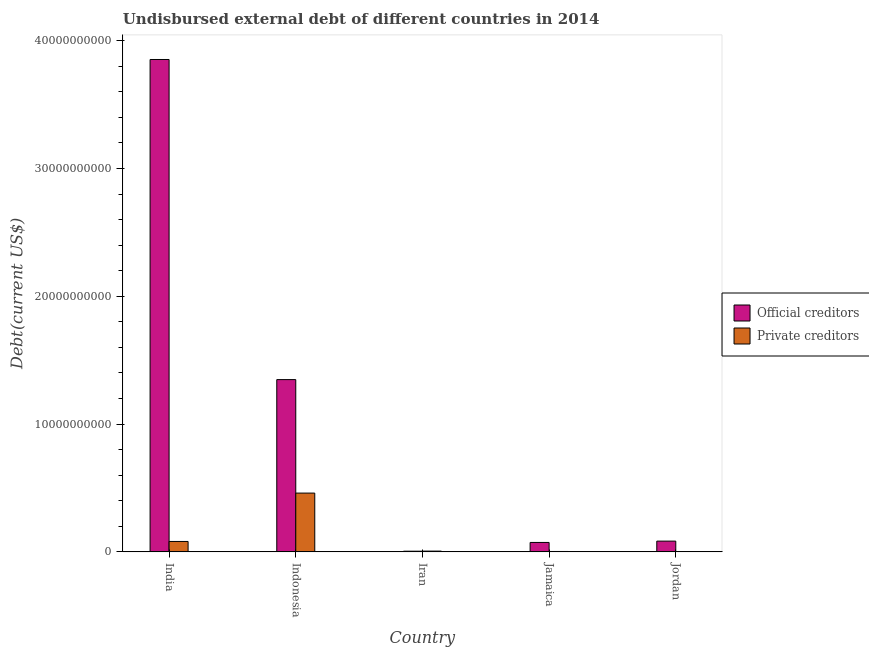
| Country | Official creditors | Private creditors |
 | --- | --- | --- |
 | India | 3.85e+10 | 8.14e+08 |
 | Indonesia | 1.35e+10 | 4.6e+09 |
 | Iran | 5.37e+07 | 6.08e+07 |
 | Jamaica | 7.37e+08 | 3.1e+07 |
 | Jordan | 8.41e+08 | 9.01e+06 |